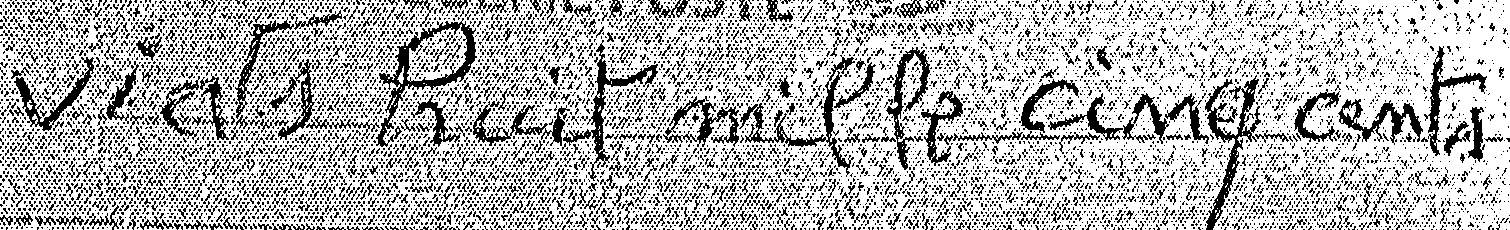
vints huit mille cinq cents